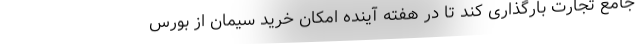
جامع تجارت بارگذاری کند تا در هفته آینده امکان خرید سیمان از بورس